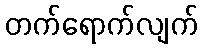
တက်ရောက်လျက်